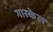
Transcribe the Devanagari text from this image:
गास्केल